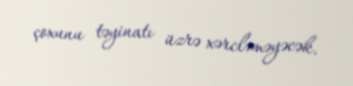
çoxunu təyinatı üzrə xərcləməyəcək.